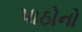
પાઠોનો